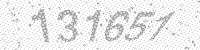
Solution: 131657